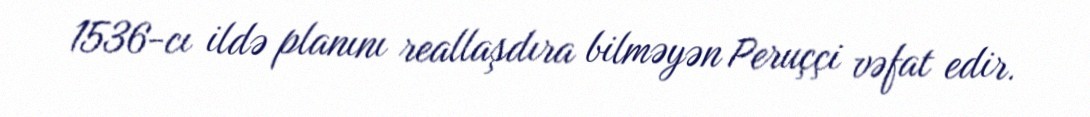
1536-cı ildə planını reallaşdıra bilməyən Peruççi vəfat edir.